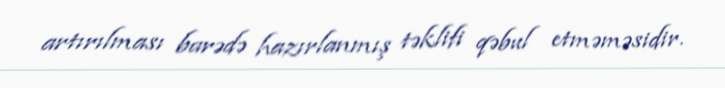
artırılması barədə hazırlanmış təklifi qəbul etməməsidir.